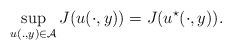
LaTeX: \begin{align*} \sup_{u(.,y)\in\mathcal{A}}J(u(\cdot,y))=J(u^{\star}(\cdot,y)).\end{align*}